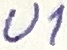
Text: U1